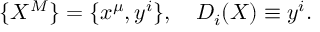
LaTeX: \{ X ^ { M } \} = \{ x ^ { \mu } , y ^ { i } \} , \quad D _ { i } ( X ) \equiv y ^ { i } .